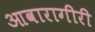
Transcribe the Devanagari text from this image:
आवारागीरी